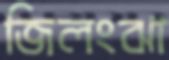
জিলংঝা